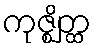
ကုဇ္ဈိတ္ထ